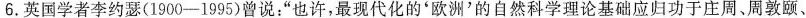
6.英国学者李约瑟(1900-1995)曾说：”也许，最现代化的'欧洲'的自然科学理论基础应归功于庄周、周敦颐、